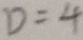
D = 4